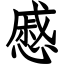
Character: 慼